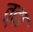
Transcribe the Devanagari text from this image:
त्‍वा